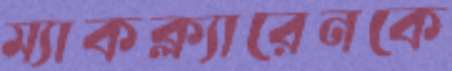
ম্যাকক্ল্যারেনকে